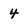
Character: 4